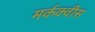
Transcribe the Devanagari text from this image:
मर्कक्वीस